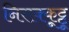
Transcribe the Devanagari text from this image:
निराक्कूट्टू